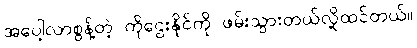
အပေါ့လာစွန့်တဲ့ ကိုဌေးနိုင်ကို ဖမ်းသွားတယ်လို့ထင်တယ်။